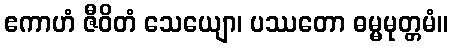
ဧကာဟံ ဇီဝိတံ သေယျော၊ ပဿတော ဓမ္မမုတ္တမံ။